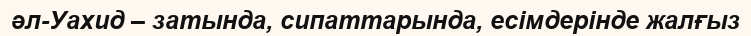
әл-Уахид – затында, сипаттарында, есімдерінде жалғыз